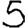
Digit: 5